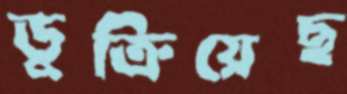
ডুক্‌রিয়েছ